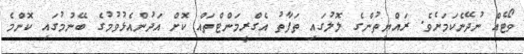
ވޯޓެއް ނުދޭނެކަމަށެވެ. ރައްޔިތުންގެ ލޮލުގައި ތަފާތު އެގްރީމަންޓްތައް ކޮށް އަދުންއެޅުވުމުގެ ބޭނުމުގައި ކޮންމެ